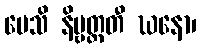
ပေသိ နိဗ္ဗတ္တတီ ဃနော၊